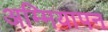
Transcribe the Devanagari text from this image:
अम्मियापन